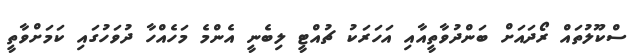
ސްކޫލުތައް ރޯދައަށް ބަންދުވާތީއާއި އަހަރަކު ޗުއްޓީ ލިބެނީ އެންމެ މަހެއްހާ ދުވަހުގައި ކަމަށްވާތީ